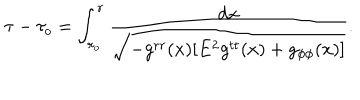
LaTeX: \tau - \tau _ { o } = \int _ { r _ { o } } ^ { r } \frac { d x } { \sqrt { - g ^ { r r } ( x ) [ E ^ { 2 } g ^ { t t } ( x ) + g _ { \phi \phi } ( x ) ] } } .